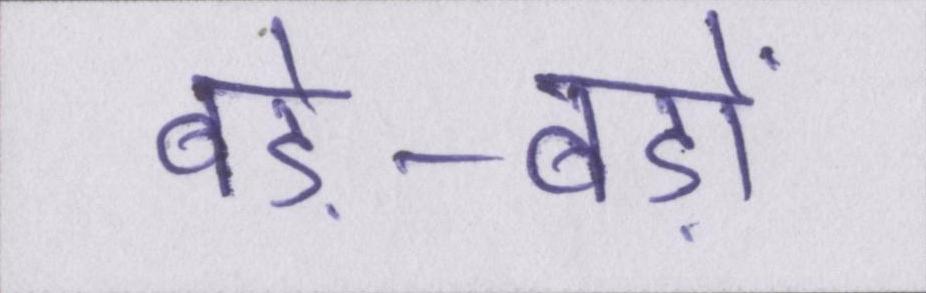
बड़े-बड़ों